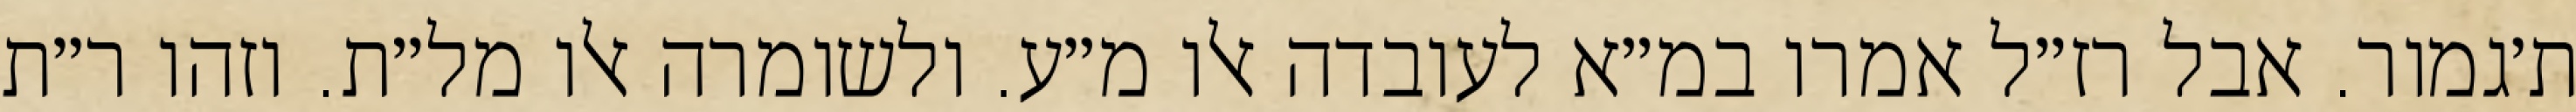
ת׳גמור. אבל רז״ל אמרו במ״א לעובדה אלו מ״ע. ולשומרה אלו מל״ת. וזהו ר״ת